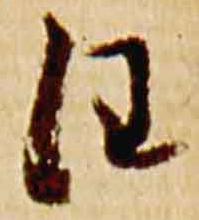
任